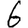
Digit: 6